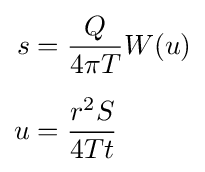
{\begin{aligned}s&={\frac {Q}{4\pi T}}W(u)\\[0.5em]u&={\frac {r^{2}S}{4Tt}}\end{aligned}}